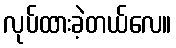
လုပ်ထားခဲ့တယ်လေ။